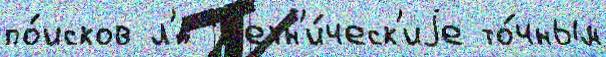
по́исков л'́д Т'ехн'и́ческ'иjе то́чным